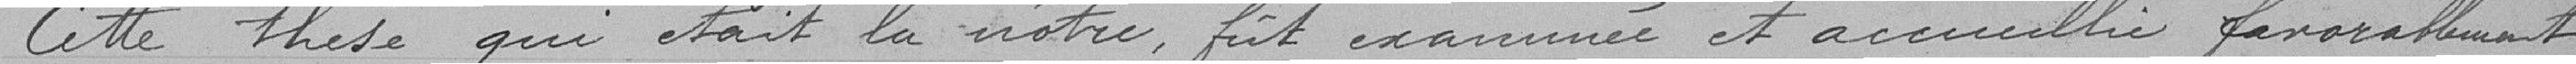
Cette thèse qui était la vôtre,  fut examinée et accueillie favorablement,